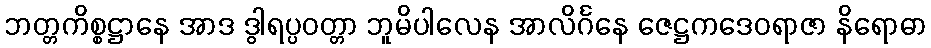
ဘတ္တကိစ္စဋ္ဌာနေ အာဒ ဒွါရပ္ပဝတ္တာ ဘူမိပါလေန အာလိင်္ဂနေ ဇေဋ္ဌကဒေဝရာဇာ နိရောဓာ